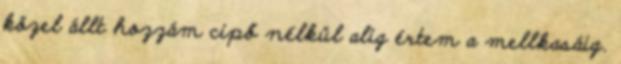
közel állt hozzám cipő nélkül alig értem a mellkasáig.